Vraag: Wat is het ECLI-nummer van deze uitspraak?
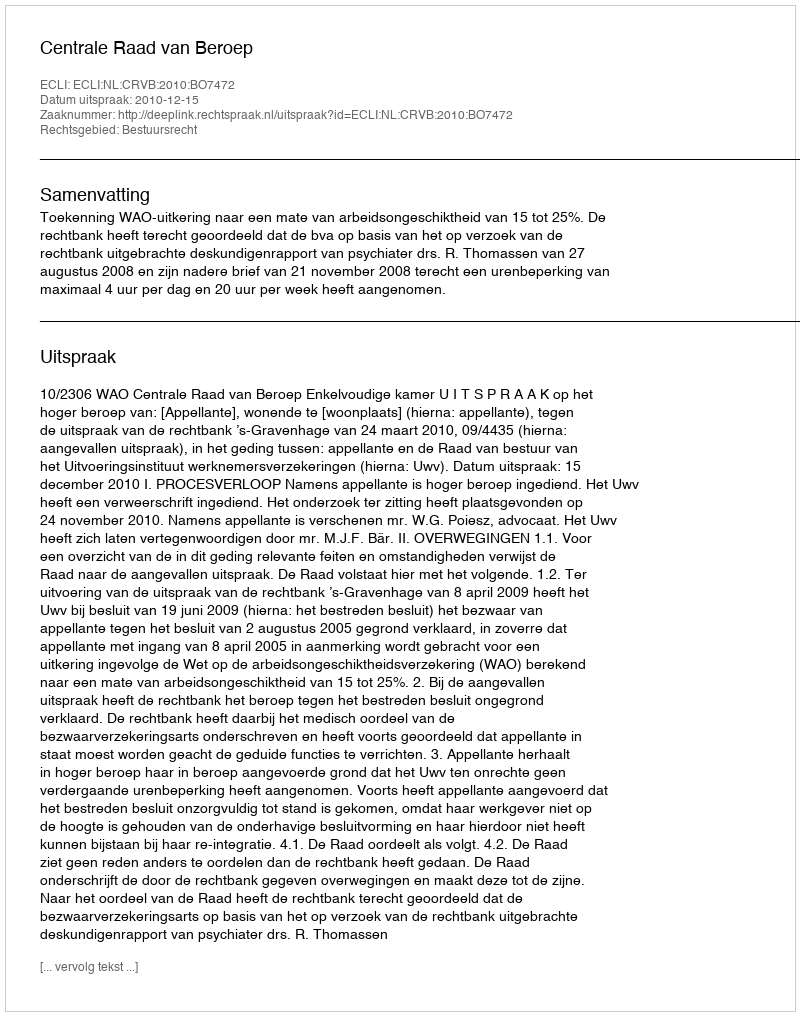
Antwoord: ECLI:NL:CRVB:2010:BO7472